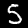
Digit: 5